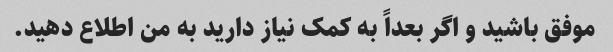
موفق باشید و اگر بعداً به کمک نیاز دارید به من اطلاع دهید.